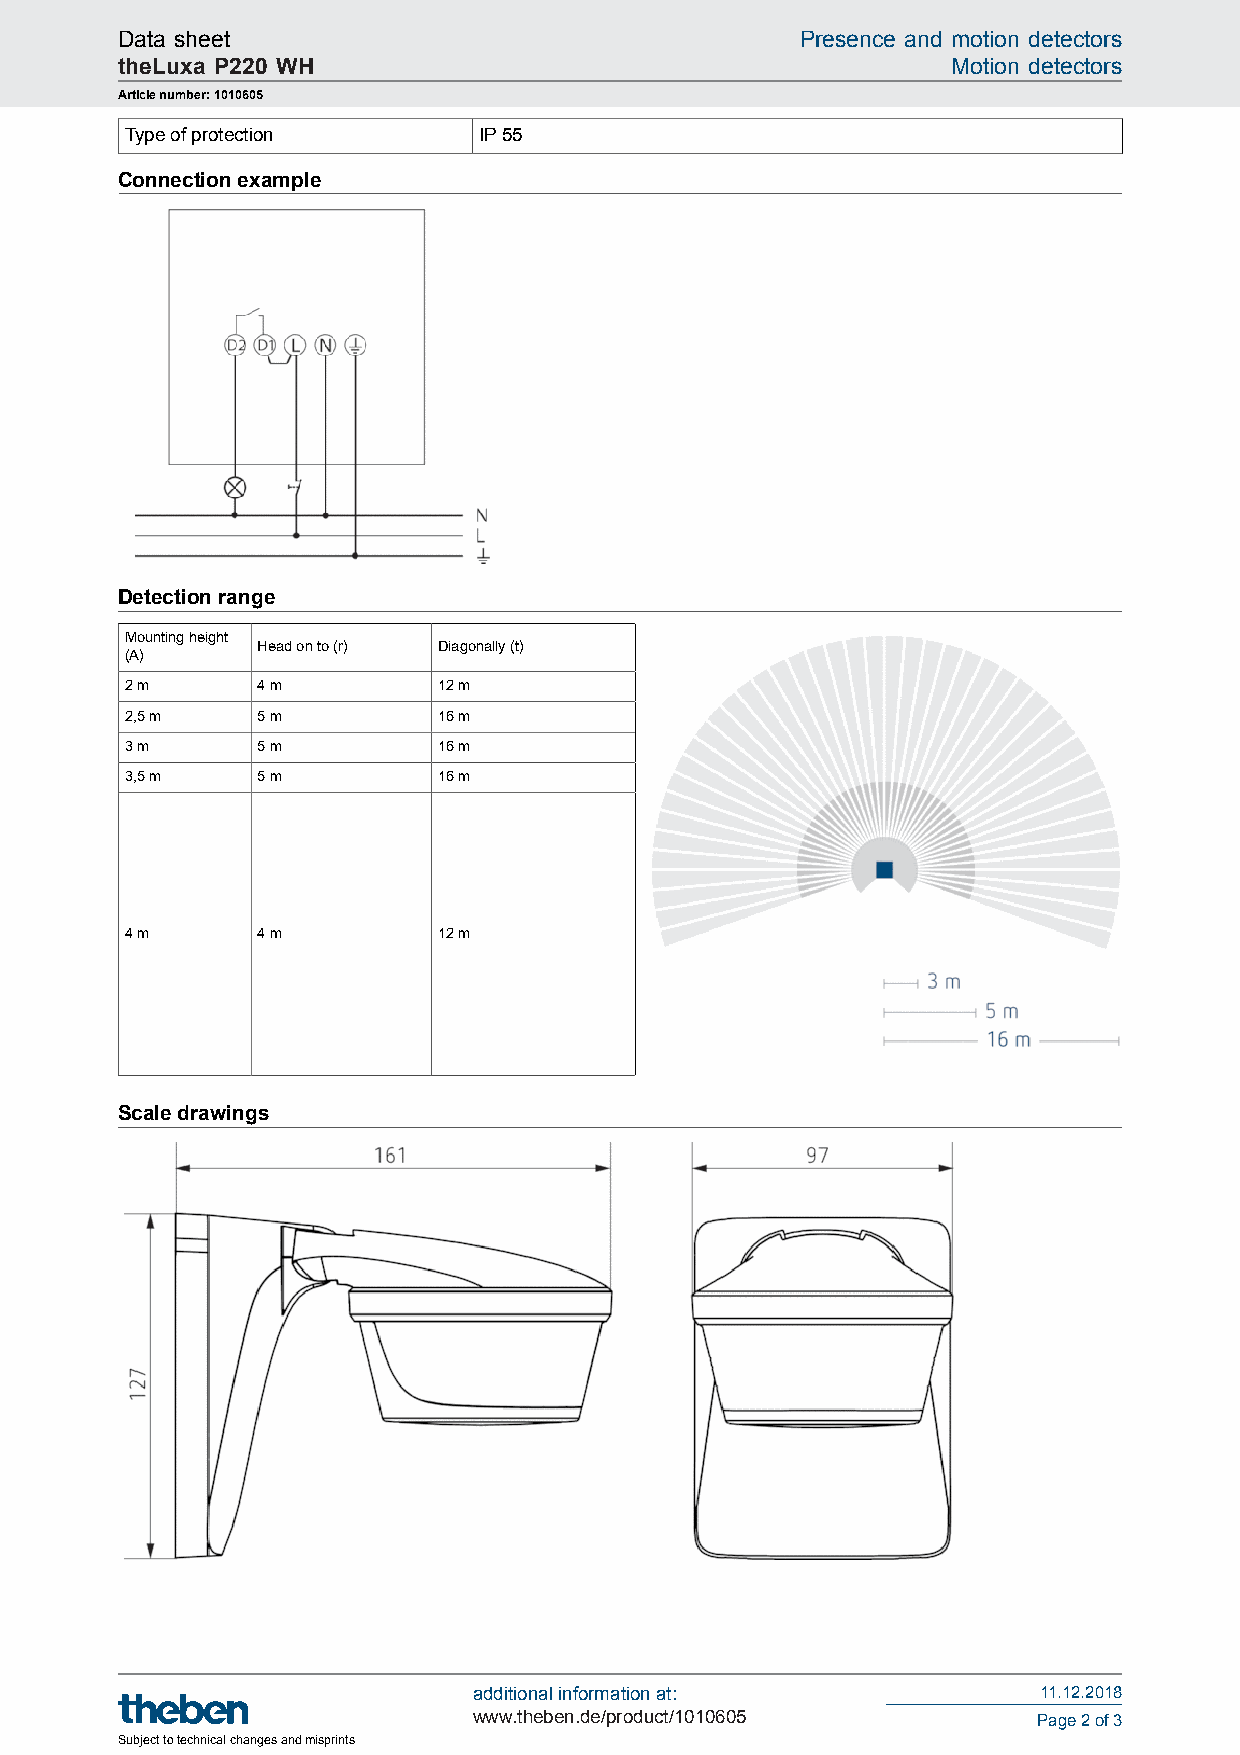
Data sheet                                   Presence and motion detectors
 theLuxa P220 WH                                        Motion detectors
 Article number: 1010605
 Type of protection      IP 55
 Connection example
 Detection range
 Mounting height
 Head on to (r) Diagonally (t)
 (A)
 2 m      4 m         12 m
 2,5 m    5 m         16 m
 3 m      5 m         16 m
 3,5 m    5 m         16 m
 4 m      4 m         12 m
 Scale drawings
 additional information at:            11.12.2018
 www.theben.de/product/1010605         Page 2 of 3
 Subject to technical changes and misprints